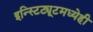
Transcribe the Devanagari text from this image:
इन्स्टिट्यूटमध्येही